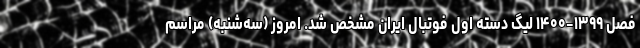
فصل ۱۳۹۹-۱۴۰۰ لیگ دسته اول فوتبال ایران مشخص شد. امروز (سه‌شنبه) مراسم